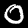
Label: 0